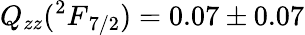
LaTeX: Q_{zz}({^2F}_{7/2})=0.07\pm 0.07